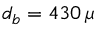
d _ { b } = 4 3 0 \, \mu